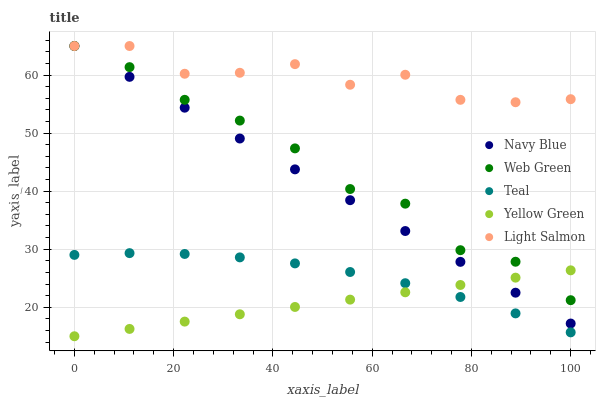
| xaxis_label | Navy Blue | Web Green | Teal | Yellow Green | Light Salmon |
 | --- | --- | --- | --- | --- | --- |
 | 0 | 65 | 65 | 29 | 15 | 65 |
 | 11.1 | 59.7 | 61.4 | 29.3 | 16.3 | 65 |
 | 22.2 | 54.4 | 55.7 | 29.2 | 17.5 | 60.2 |
 | 33.3 | 49.1 | 52.2 | 28.6 | 18.8 | 60.4 |
 | 44.4 | 43.8 | 47.4 | 27.6 | 20 | 61.9 |
 | 55.6 | 38.4 | 40.4 | 26.1 | 21.3 | 58.3 |
 | 66.7 | 33.1 | 37.8 | 24.1 | 22.6 | 60 |
 | 77.8 | 27.8 | 29.8 | 21.8 | 23.8 | 55.7 |
 | 88.9 | 22.5 | 27.8 | 18.9 | 25.1 | 55.3 |
 | 100 | 17.2 | 21.2 | 15.7 | 26.4 | 55.8 |